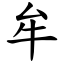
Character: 牟